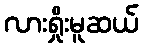
လားရှိုးမူဆယ်